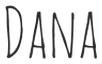
DANA